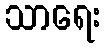
သာရေး